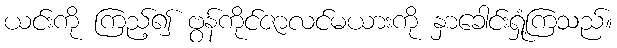
ယင်းကို ကြည့်၍ ဗွန်ကိုင်ဇာလင်မယားကို နှာခေါင်းရှုံ့ကြသည်။